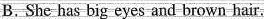
B.She has big eyes and brown hair.